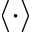
\langle \cdot \rangle